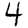
Digit: 4